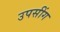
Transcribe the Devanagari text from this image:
उपसींग